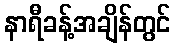
နာရီခန့်အချိန်တွင်